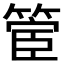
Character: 𮅬